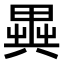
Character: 𠔱